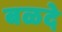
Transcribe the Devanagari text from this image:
बळदे